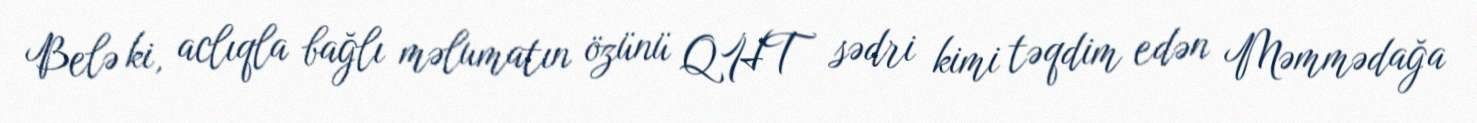
Belə ki, aclıqla bağlı məlumatın özünü QHT sədri kimi təqdim edən Məmmədağa